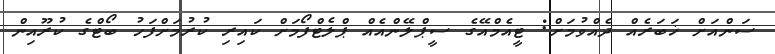
ސަންއަށް ޚަބަރެއް ދެއްވުމަށް: ޓީއެމްއޭގެ ސީޕްލޭންއެއް ޕްލެޓްފޯމަށް ކައިރި ކުރުމަށްފަހު ބޯޓްގެ ކުރޫއިން